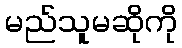
မည်သူမဆိုကို